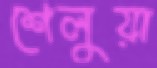
শেলুয়া